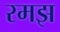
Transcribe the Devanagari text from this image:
रमझ